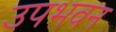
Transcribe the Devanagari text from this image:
उपभवन